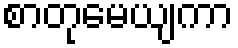
စာတုမေယျကာ